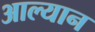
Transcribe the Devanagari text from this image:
आल्यान